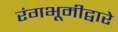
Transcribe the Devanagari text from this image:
रंगभूमीद्वारे